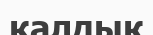
қалдык